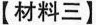
【材料三】